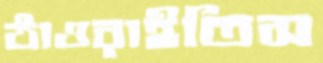
ঠাওরাইতিস